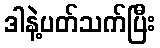
ဒါနဲ့ပတ်သက်ပြီး